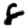
Digit: 8